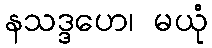
နသဒ္ဒဟေ၊ မယုံ